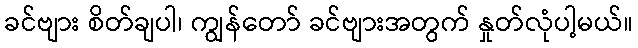
ခင်ဗျား စိတ်ချပါ၊ ကျွန်တော် ခင်ဗျားအတွက် နှုတ်လုံပါ့မယ်။